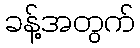
ခန့်အတွက်